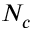
N _ { c }